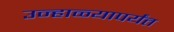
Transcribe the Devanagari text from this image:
उन्हाळ्यापर्यंत